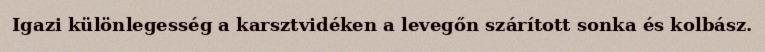
Igazi különlegesség a karsztvidéken a levegőn szárított sonka és kolbász.